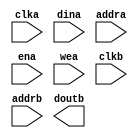
module bram64x64(
	clka,
	dina,
	addra,
	ena,
	wea,
	clkb,
	addrb,
	doutb);


input clka;
input [63 : 0] dina;
input [7 : 0] addra;
input ena;
input [0 : 0] wea;
input clkb;
input [7 : 0] addrb;
output [63 : 0] doutb;

// synthesis translate_off

      BLK_MEM_GEN_V2_8 #(
		.C_ADDRA_WIDTH(8),
		.C_ADDRB_WIDTH(8),
		.C_ALGORITHM(1),
		.C_BYTE_SIZE(9),
		.C_COMMON_CLK(1),
		.C_DEFAULT_DATA("0"),
		.C_DISABLE_WARN_BHV_COLL(0),
		.C_DISABLE_WARN_BHV_RANGE(0),
		.C_FAMILY("virtex2p"),
		.C_HAS_ENA(1),
		.C_HAS_ENB(0),
		.C_HAS_MEM_OUTPUT_REGS_A(0),
		.C_HAS_MEM_OUTPUT_REGS_B(0),
		.C_HAS_MUX_OUTPUT_REGS_A(0),
		.C_HAS_MUX_OUTPUT_REGS_B(0),
		.C_HAS_REGCEA(0),
		.C_HAS_REGCEB(0),
		.C_HAS_SSRA(0),
		.C_HAS_SSRB(0),
		.C_INIT_FILE_NAME("no_coe_file_loaded"),
		.C_LOAD_INIT_FILE(0),
		.C_MEM_TYPE(1),
		.C_MUX_PIPELINE_STAGES(0),
		.C_PRIM_TYPE(1),
		.C_READ_DEPTH_A(256),
		.C_READ_DEPTH_B(256),
		.C_READ_WIDTH_A(64),
		.C_READ_WIDTH_B(64),
		.C_SIM_COLLISION_CHECK("ALL"),
		.C_SINITA_VAL("0"),
		.C_SINITB_VAL("0"),
		.C_USE_BYTE_WEA(0),
		.C_USE_BYTE_WEB(0),
		.C_USE_DEFAULT_DATA(0),
		.C_USE_ECC(0),
		.C_USE_RAMB16BWER_RST_BHV(0),
		.C_WEA_WIDTH(1),
		.C_WEB_WIDTH(1),
		.C_WRITE_DEPTH_A(256),
		.C_WRITE_DEPTH_B(256),
		.C_WRITE_MODE_A("READ_FIRST"),
		.C_WRITE_MODE_B("READ_FIRST"),
		.C_WRITE_WIDTH_A(64),
		.C_WRITE_WIDTH_B(64),
		.C_XDEVICEFAMILY("virtex2p"))
	inst (
		.CLKA(clka),
		.DINA(dina),
		.ADDRA(addra),
		.ENA(ena),
		.WEA(wea),
		.CLKB(clkb),
		.ADDRB(addrb),
		.DOUTB(doutb),
		.REGCEA(),
		.SSRA(),
		.DOUTA(),
		.DINB(),
		.ENB(),
		.REGCEB(),
		.WEB(),
		.SSRB(),
		.DBITERR(),
		.SBITERR());


// synthesis translate_on

// XST black box declaration
// box_type "black_box"
// synthesis attribute box_type of bram64x64 is "black_box"

endmodule